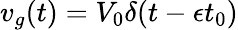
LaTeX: v_{g}(t)=V_{0}\delta(t-\epsilon t_{0})